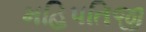
મહિપતિજી